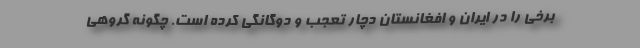
برخی را در ایران و افغانستان دچار تعجب و دوگانگی کرده است. چگونه گروهی